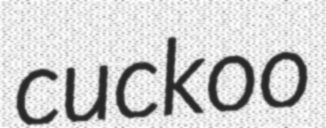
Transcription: cuckoo